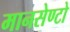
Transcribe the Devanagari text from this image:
मानसेण्टो